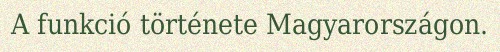
A funkció története Magyarországon.